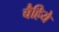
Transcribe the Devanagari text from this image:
चैहिये